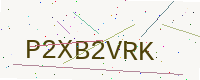
Text: P2XB2VRK